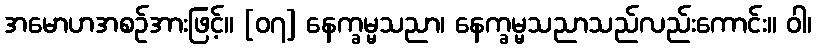
အမောဟအစဉ်အားဖြင့်။ [၀၇] နေက္ခမ္မသညာ၊ နေက္ခမ္မသညာသည်လည်းကောင်း။ ဝါ၊